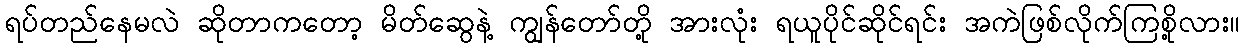
ရပ်တည်နေမလဲ ဆိုတာကတော့ မိတ်ဆွေနဲ့ ကျွန်တော်တို့ အားလုံး ရယူပိုင်ဆိုင်ရင်း အကဲဖြစ်လိုက်ကြစို့လား။